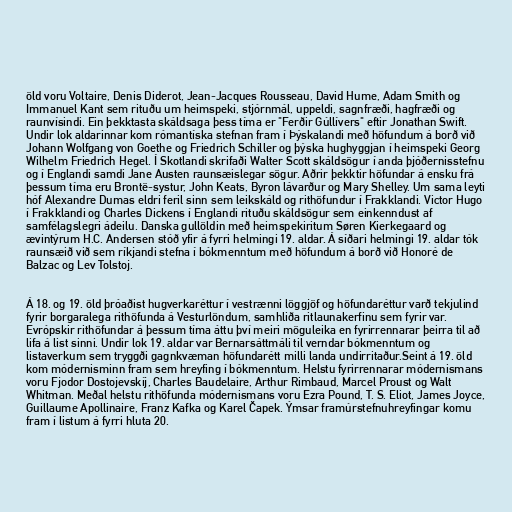
öld voru Voltaire, Denis Diderot, Jean-Jacques Rousseau, David Hume, Adam Smith og
Immanuel Kant sem rituðu um heimspeki, stjórnmál, uppeldi, sagnfræði, hagfræði og
raunvísindi. Ein þekktasta skáldsaga þess tíma er "Ferðir Gúllívers" eftir Jonathan Swift.
Undir lok aldarinnar kom rómantíska stefnan fram í Þýskalandi með höfundum á borð við
Johann Wolfgang von Goethe og Friedrich Schiller og þýska hughyggjan í heimspeki Georg
Wilhelm Friedrich Hegel. Í Skotlandi skrifaði Walter Scott skáldsögur í anda þjóðernisstefnu
og í Englandi samdi Jane Austen raunsæislegar sögur. Aðrir þekktir höfundar á ensku frá
þessum tíma eru Brontë-systur, John Keats, Byron lávarður og Mary Shelley. Um sama leyti
hóf Alexandre Dumas eldri feril sinn sem leikskáld og rithöfundur í Frakklandi. Victor Hugo
í Frakklandi og Charles Dickens í Englandi rituðu skáldsögur sem einkenndust af
samfélagslegri ádeilu. Danska gullöldin með heimspekiritum Søren Kierkegaard og
ævintýrum H.C. Andersen stóð yfir á fyrri helmingi 19. aldar. Á síðari helmingi 19. aldar tók
raunsæið við sem ríkjandi stefna í bókmenntum með höfundum á borð við Honoré de
Balzac og Lev Tolstoj.

Á 18. og 19. öld þróaðist hugverkaréttur í vestrænni löggjöf og höfundaréttur varð tekjulind
fyrir borgaralega rithöfunda á Vesturlöndum, samhliða ritlaunakerfinu sem fyrir var.
Evrópskir rithöfundar á þessum tíma áttu því meiri möguleika en fyrirrennarar þeirra til að
lifa á list sinni. Undir lok 19. aldar var Bernarsáttmáli til verndar bókmenntum og
listaverkum sem tryggði gagnkvæman höfundarétt milli landa undirritaður.Seint á 19. öld
kom módernisminn fram sem hreyfing í bókmenntum. Helstu fyrirrennarar módernismans
voru Fjodor Dostojevskíj, Charles Baudelaire, Arthur Rimbaud, Marcel Proust og Walt
Whitman. Meðal helstu rithöfunda módernismans voru Ezra Pound, T. S. Eliot, James Joyce,
Guillaume Apollinaire, Franz Kafka og Karel Čapek. Ýmsar framúrstefnuhreyfingar komu
fram í listum á fyrri hluta 20.